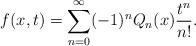
LaTeX: \begin{align*} f(x,t)=\sum_{n=0}^{\infty}(-1)^n Q_n(x) \frac{t^n}{n!}.\end{align*}